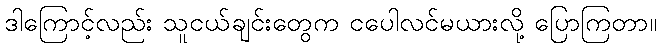
ဒါကြောင့်လည်း သူငယ်ချင်းတွေက ငပေါလင်မယားလို့ ပြောကြတာ။